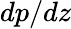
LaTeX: dp/dz